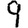
Digit: 9